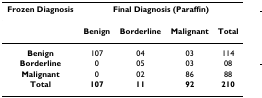
| Frozen Diagnosis | <COLSPAN=4> Final Diagnosis (Paraffin) |
 | --- | --- | --- | --- | --- |
 |  | Benign | Borderline | Malignant | Total |
 | Benign | 107 | 04 | 03 | 114 |
 | Borderline | 0 | 05 | 03 | 08 |
 | Malignant | 0 | 02 | 86 | 88 |
 | Total | 107 | 11 | 92 | 210 |